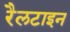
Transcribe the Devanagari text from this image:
रैलटाइन